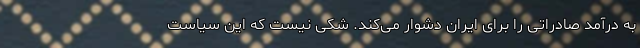
به درآمد صادراتی را برای ایران دشوار می‌کند. شکی نیست که این سیاست